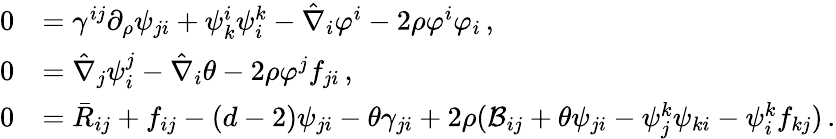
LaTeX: \begin{array}{rl}{0}&{=\gamma^{ij}\partial_{\rho}\psi_{ji}+\psi_{k}^{i}\psi_{i}^{k}-\hat{\nabla}_{i}\varphi^{i}-2\rho\varphi^{i}\varphi_{i}\, ,}\\ {0}&{=\hat{\nabla}_{j}\psi_{i}^{j}-\hat{\nabla}_{i}\theta-2\rho\varphi^{j}f_{ji}\, ,}\\ {0}&{=\bar{R}_{ij}+f_{ij}-(d-2)\psi_{ji}-\theta\gamma_{ji}+2\rho({\cal B}_{ij}+\theta\psi_{ji}-\psi_{j}^{k}\psi_{ki}-\psi_{i}^{k}f_{kj})\, .}\end{array}